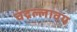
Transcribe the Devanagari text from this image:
चंद्रल्लावय